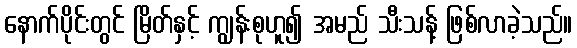
နောက်ပိုင်းတွင် မြိတ်နှင့် ကျွန်းစုဟူ၍ အမည် သီးသန့် ဖြစ်လာခဲ့သည်။